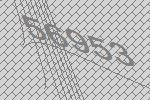
56953